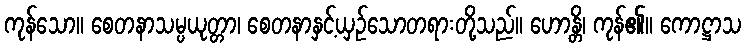
ကုန်သော။ စေတနာသမ္ပယုတ္တာ၊ စေတနာနှင့်ယှဉ်သောတရားတို့သည်။ ဟောန္တိ၊ ကုန်၏။ ကောဋ္ဌာသ